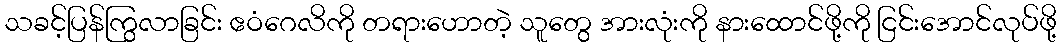
သခင့်ပြန်ကြွလာခြင်း ဧဝံဂေလိကို တရားဟောတဲ့ သူတွေ အားလုံးကို နားထောင်ဖို့ကို ငြင်းအောင်လုပ်ဖို့